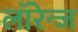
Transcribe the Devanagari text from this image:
लॉरेन्ज